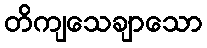
တိကျသေချာသော